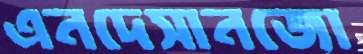
এনদেসানজো